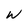
Character: W